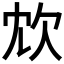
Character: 𣢌